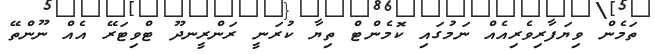
ތަމެން ވިޔަފާރިވެރިއެއް ނަމުގައި ކޮމެންޓް ތިޔާ ކުރަނީ ރަންރީނދޫ ޓްވިޓަރޭ އެއް ނޫންތޭ